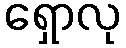
ရှောလု